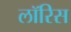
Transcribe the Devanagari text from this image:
लॉरिस